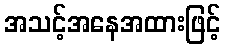
အသင့်အနေအထားဖြင့်